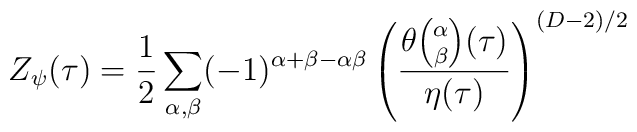
Z_\psi(\tau) = {1 \over 2} \sum_{\alpha,\beta} (-1)^{\alpha+\beta-\alpha\beta} \left( {\theta{ \alpha \choose \beta}(\tau)  \over  {\eta(\tau)}} \right)^{(D-2)/2}